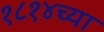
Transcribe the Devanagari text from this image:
१८१४च्या